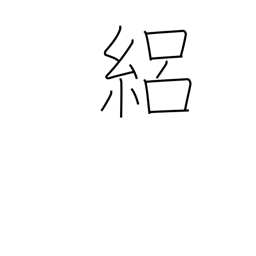
Meaning: silk gauze